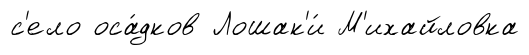
с'ело оса́дков Лошак'и́ М'ихайловка